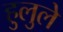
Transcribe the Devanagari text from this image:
हुलुले